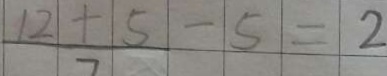
\frac { 1 2 + 5 } { 7 } - 5 = 2